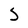
Character: S